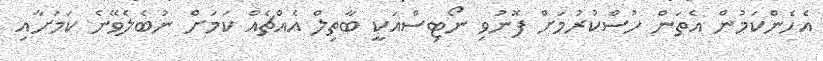
އެހެންކަމުން އެތަން ހުސްކުރުމަށް ފޮނުވި ނޯޓިސްއަކީ ބާތިލް އެއްޗެއް ކަމަށް ނުބެލެވޭނެ ކަމަށާއި